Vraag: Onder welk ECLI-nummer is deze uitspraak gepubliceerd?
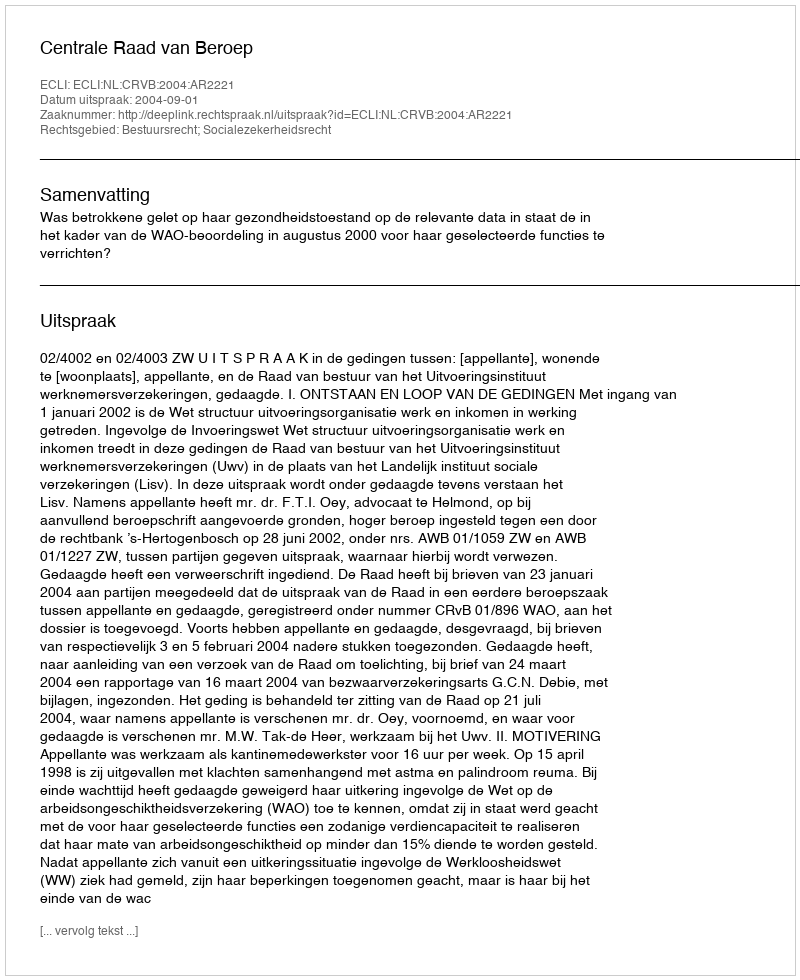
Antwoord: ECLI:NL:CRVB:2004:AR2221